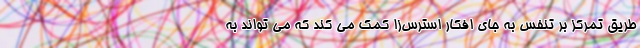
طریق تمرکز بر تنفس به جای افکار استرس‌زا کمک می کند که می تواند به